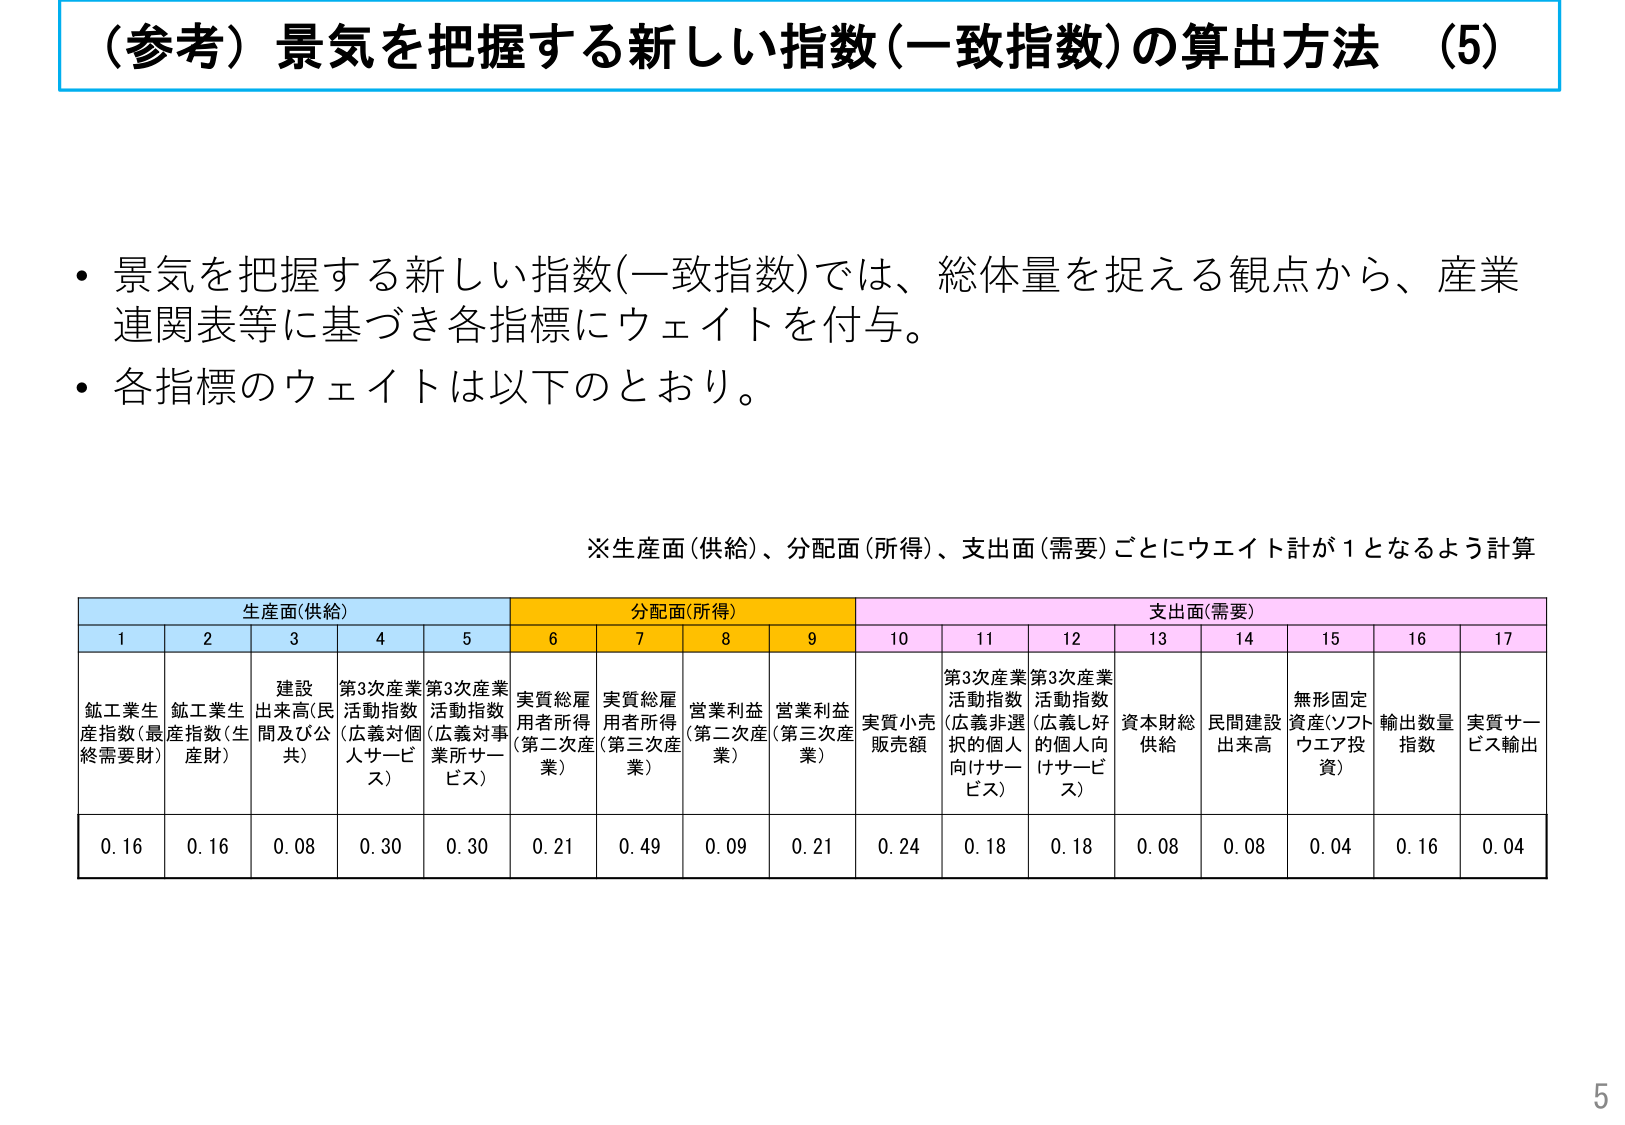
（参考）景気を把握する新しい指数（一致指数）の算出方法 （5）

・景気を把握する新しい指数（一致指数）では、総体量を捉える観点から、産業連関表等に基づき各指標にウェイトを付与。
・各指標のウェイトは以下のとおり。

※生産面（供給）、分配面（所得）、支出面（需要）ごとにウェイト計が1となるよう計算

生産面（供給）　　　　　　　分配面（所得）　　　　　　　支出面（需要）
1　　　2　　　3　　　4　　　5　　　6　　　7　　　8　　　9　　　10　　　11　　　12　　　13　　　14　　　15　　　16　　　17
鉱工業生産指数（最終需要財）　鉱工業生産指数（生産財）　建設出来高（民間及び公共）　第3次産業活動指数（広義対個人サービス）　第3次産業活動指数（広義対事業所サービス）　実質総雇用者所得（第二次産業）　実質総雇用者所得（第三次産業）　営業利益（第二次産業）　営業利益（第三次産業）　実質小売販売額　第3次産業活動指数（広義非選択的個人向けサービス）　第3次産業活動指数（広義し好的個人向けサービス）　資本財総供給　民間建設出来高　無形固定資産（ソフトウエア投資）　輸出数量指数　実質サービス輸出
0.16　0.16　0.08　0.30　0.30　0.21　0.49　0.09　0.21　0.24　0.18　0.18　0.08　0.08　0.04　0.16　0.04

5